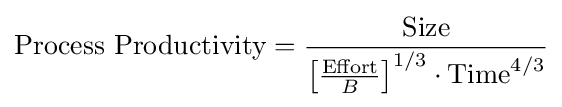
{\text{Process Productivity}}={\frac {\text{Size}}{\left[{\frac {\text{Effort}}{B}}\right]^{1/3}\cdot {\text{Time}}^{4/3}}}